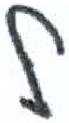
אות: ל